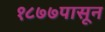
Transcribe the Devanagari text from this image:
१८७७पासून